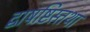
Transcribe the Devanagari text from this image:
द्वाषष्टिस्तथा